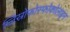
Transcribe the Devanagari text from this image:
ग्लिस्रोफोस्फोकोलाइन